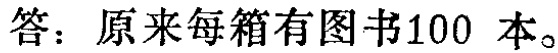
答：原来每箱有图书100 本。